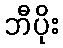
ဘီပိုး